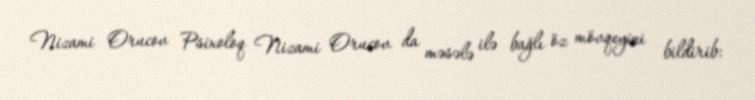
Nizami Orucov Psixoloq Nizami Orucov da məsələ ilə bağlı öz mövqeyini bildirib: